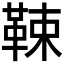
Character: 𩊯